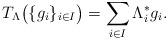
LaTeX: \begin{align*}T_\Lambda\big(\{g_i\}_{i\in I}\big)=\sum_{i\in I}\Lambda_i^*g_i.\end{align*}